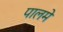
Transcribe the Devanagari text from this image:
पालमे